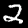
Digit: 2